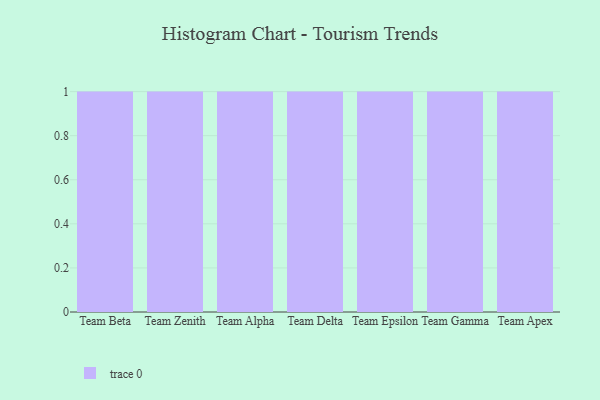
{"axis": {"x": "Team", "y": "Waste Production (Tons)"}, "legend": [""], "data": [{"x": "Team Beta", "y": 58, "type": ""}, {"x": "Team Zenith", "y": 86, "type": ""}, {"x": "Team Alpha", "y": 43, "type": ""}, {"x": "Team Delta", "y": 66, "type": ""}, {"x": "Team Epsilon", "y": 73, "type": ""}, {"x": "Team Gamma", "y": 45, "type": ""}, {"x": "Team Apex", "y": 6, "type": ""}]}